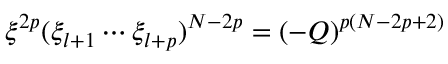
\xi ^ { 2 p } ( \xi _ { l + 1 } \cdots \xi _ { l + p } ) ^ { N - 2 p } = ( - Q ) ^ { p ( N - 2 p + 2 ) }